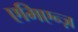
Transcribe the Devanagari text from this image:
एमिएन्ज़